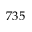
7 3 5